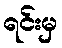
ရင်းမှ